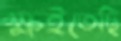
ক্ষইতেছি